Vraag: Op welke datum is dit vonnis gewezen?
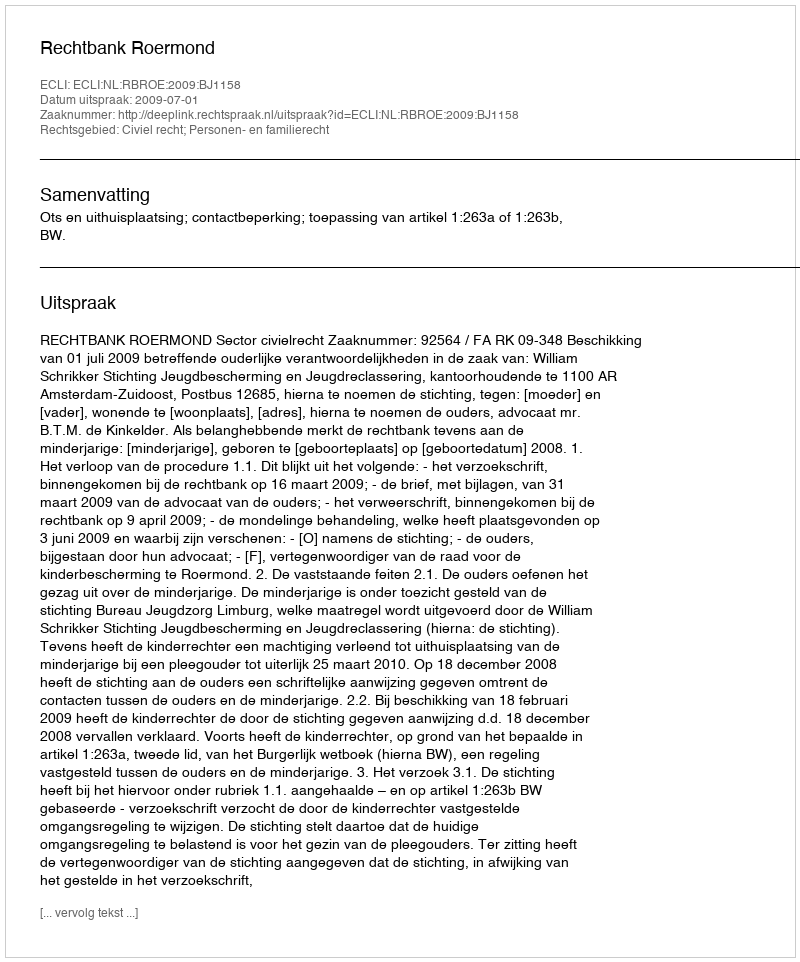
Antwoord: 2009-07-01